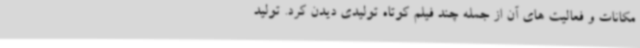
مکانات و فعالیت های آن از جمله چند فیلم کوتاه تولیدی دیدن کرد. تولید